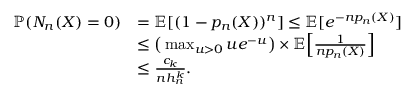
\begin{array} { r l } { \mathbb { P } ( N _ { n } ( X ) = 0 ) } & { = \mathbb { E } [ ( 1 - p _ { n } ( X ) ) ^ { n } ] \leq \mathbb { E } [ e ^ { - n p _ { n } ( X ) } ] } \\ & { \leq \big ( \operatorname* { m a x } _ { u > 0 } u e ^ { - u } \big ) \times \mathbb { E } \Big [ \frac { 1 } { n p _ { n } ( X ) } \Big ] } \\ & { \leq \frac { c _ { k } } { n h _ { n } ^ { k } } . } \end{array}